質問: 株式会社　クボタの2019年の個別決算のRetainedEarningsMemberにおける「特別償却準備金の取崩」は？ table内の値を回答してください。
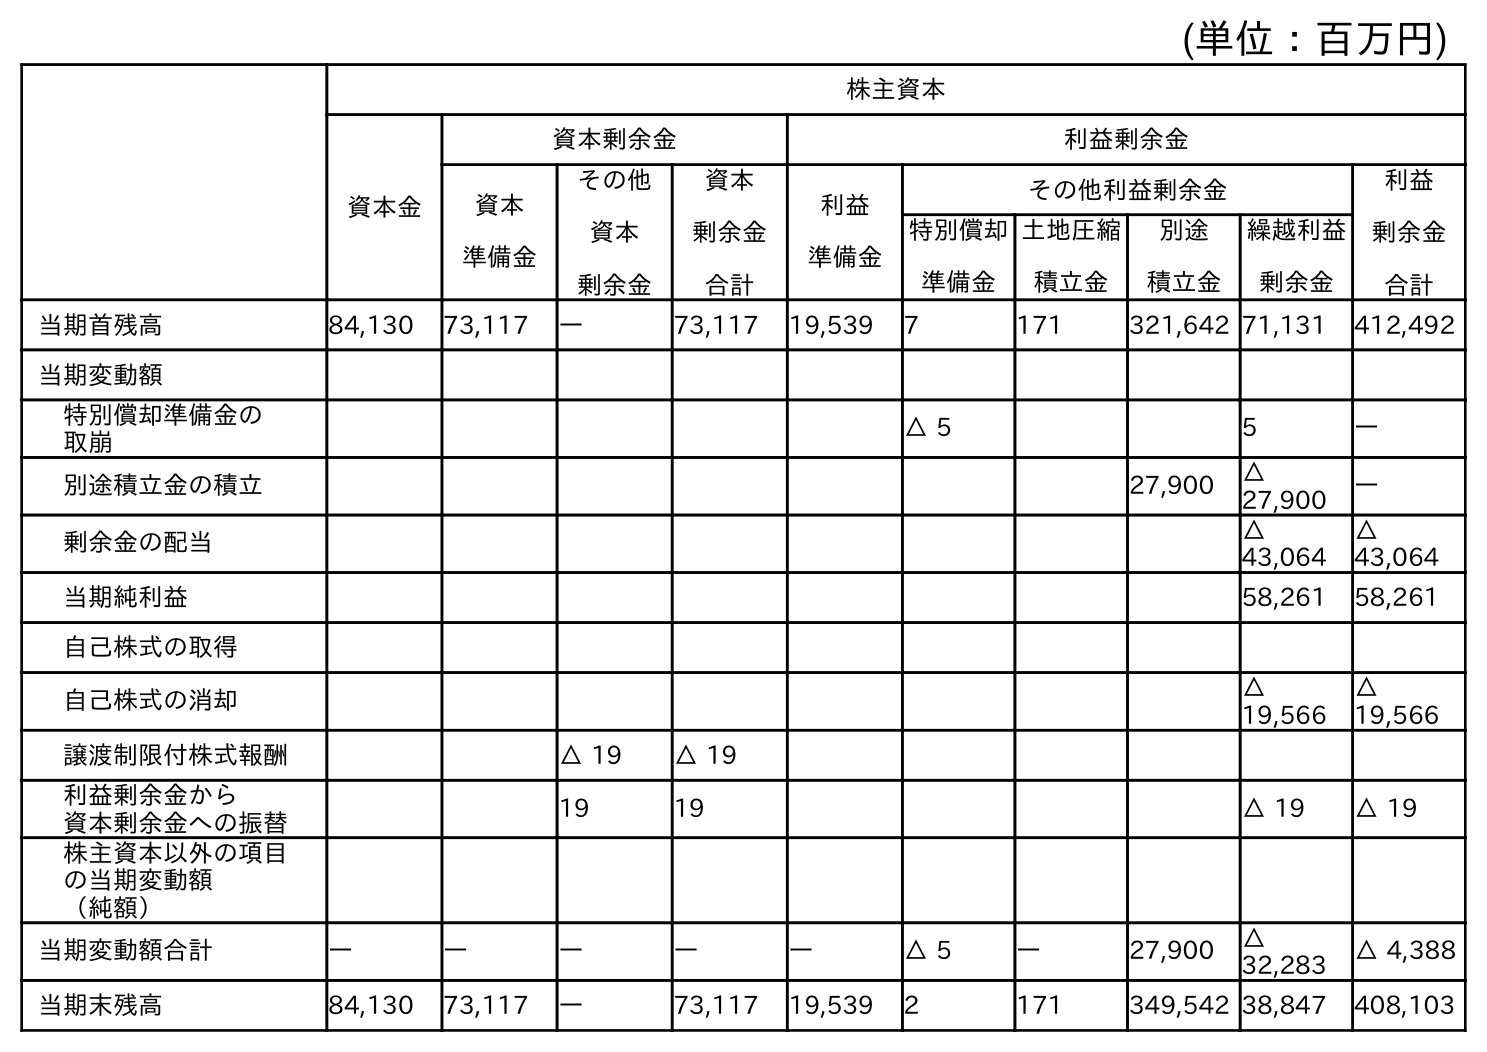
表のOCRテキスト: (単位：百万円) 株主資本 資本金 資本剰余金 利益剰余金 資本 準備金 その他 資本 剰余金 資本 剰余金 合計 利益 準備金 その他利益剰余金 利益 剰余金 合計 特別償却 準備金 土地圧縮 積立金 別途 積立金 繰越利益 剰余金 当期首残高 84,130 73,117 ― 73,117 19,539 7 171 321,642 71,131 412,492 当期変動額 特別償却準備金の 取崩 △ 5 5 ― 別途積立金の積立 27,900 △ 27,900 ― 剰余金の配当 △ 43,064 △ 43,064 当期純利益 58,261 58,261 自己株式の取得 自己株式の消却 △ 19,566 △ 19,566 譲渡制限付株式報酬 △ 19 △ 19 利益剰余金から 資本剰余金への振替 19 19 △ 19 △ 19 株主資本以外の項目 の当期変動額 （純額） 当期変動額合計 ― ― ― ― ― △ 5 ― 27,900 △ 32,283 △ 4,388 当期末残高 84,130 73,117 ― 73,117 19,539 2 171 349,542 38,847 408,103
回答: ―